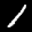
Label: 1